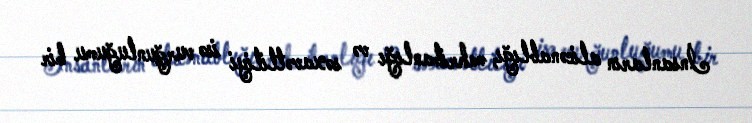
İnsanların alicənablığı, mehribanlığı və səxavətliliyi isə vurğunluğumu bir